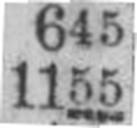
1155